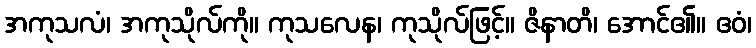
အကုသလံ၊ အကုသိုလ်ကို။ ကုသလေန၊ ကုသိုလ်ဖြင့်။ ဇိနာတိ၊ အောင်၏။ ဧဝံ၊